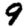
Digit: 9